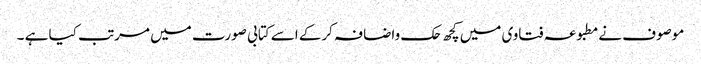
موصوف نےمطبوعہ فتاوی میں کچھ حک واضافہ کرکے اسے کتابی صورت میں مرتب کیا ہے ۔